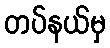
တပ်နယ်မှ